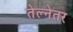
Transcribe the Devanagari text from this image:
तेल्नेतर